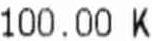
100.00 K